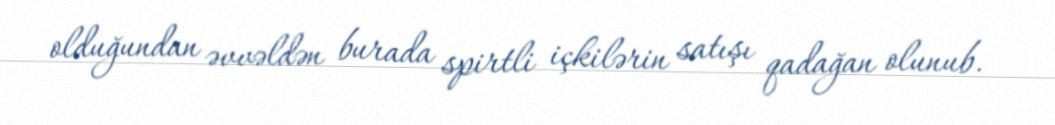
olduğundan əvvəldən burada spirtli içkilərin satışı qadağan olunub.